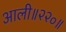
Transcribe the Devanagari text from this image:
आली॥२२०॥